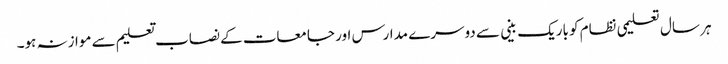
ہر سال تعلیمی نظام کو باریک بینی سے دوسرے مدارس اور جامعات کے نصاب تعلیم سے موازنہ ہو۔